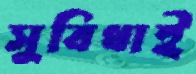
সুবিধাই